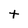
Character: T